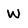
Character: W